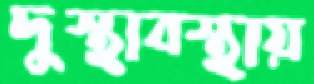
দুস্থাবস্থায়